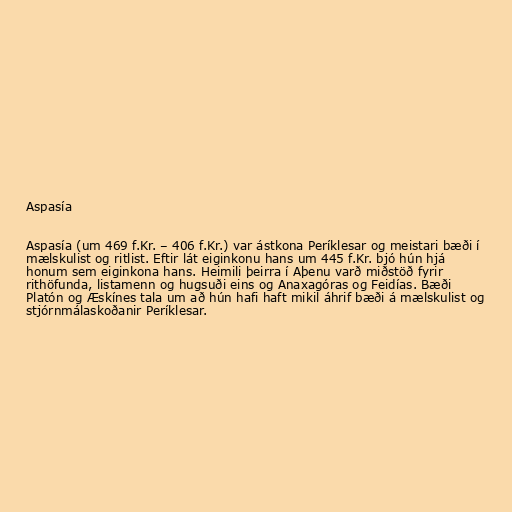
Aspasía

Aspasía (um 469 f.Kr. – 406 f.Kr.) var ástkona Períklesar og meistari bæði í
mælskulist og ritlist. Eftir lát eiginkonu hans um 445 f.Kr. bjó hún hjá
honum sem eiginkona hans. Heimili þeirra í Aþenu varð miðstöð fyrir
rithöfunda, listamenn og hugsuði eins og Anaxagóras og Feidías. Bæði
Platón og Æskínes tala um að hún hafi haft mikil áhrif bæði á mælskulist og
stjórnmálaskoðanir Períklesar.